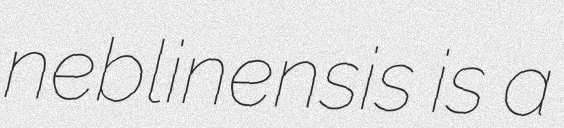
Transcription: neblinensis is a